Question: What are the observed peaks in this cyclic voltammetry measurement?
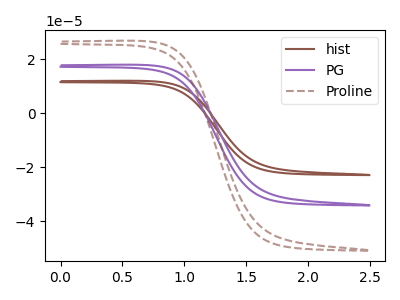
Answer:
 <answer>The brown curve "hist" has no peaks. The purple curve "PG" has no peaks. The brown dashed curve "Proline" has no peaks.</answer>
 <eval></eval>